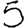
Digit: 5